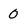
Character: 0